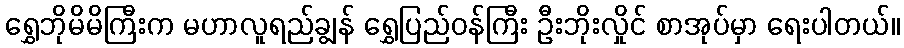
ရွှေဘိုမိမိကြီးက မဟာလူရည်ချွန် ရွှေပြည်ဝန်ကြီး ဦးဘိုးလှိုင် စာအုပ်မှာ ရေးပါတယ်။